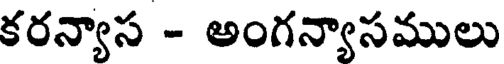
కరన్యాస - అంగన్యాసములు